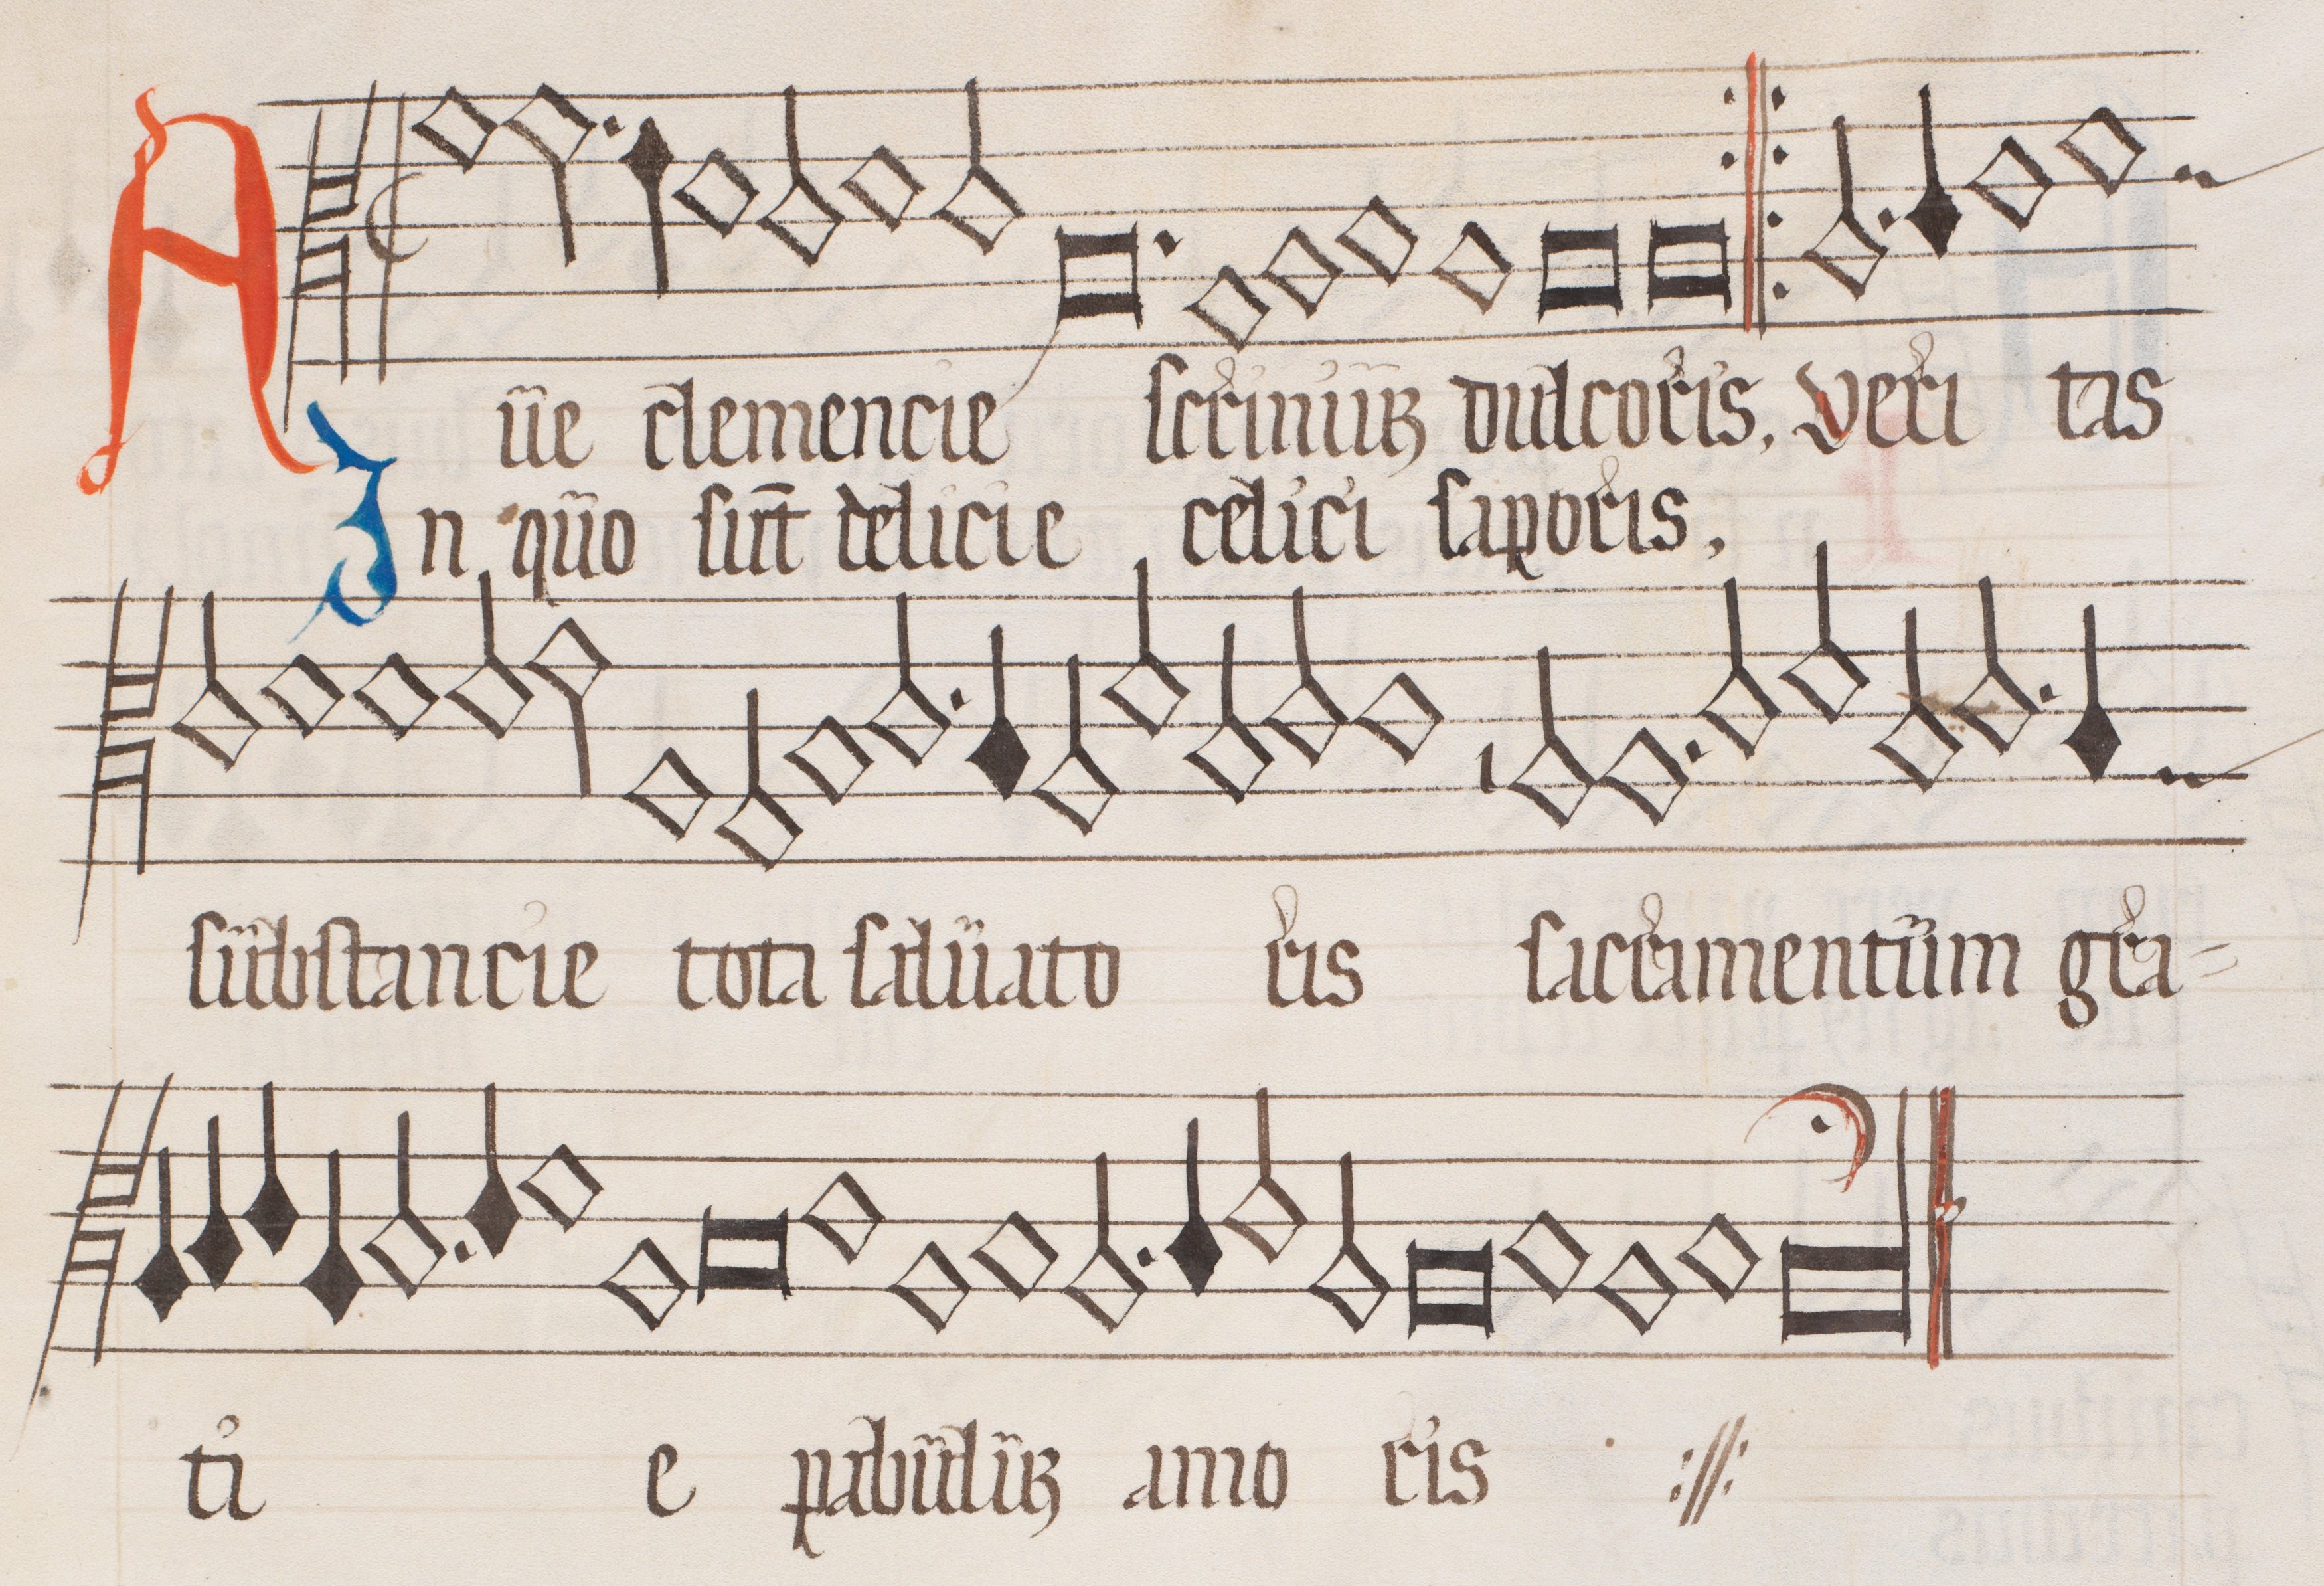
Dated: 1562–1564